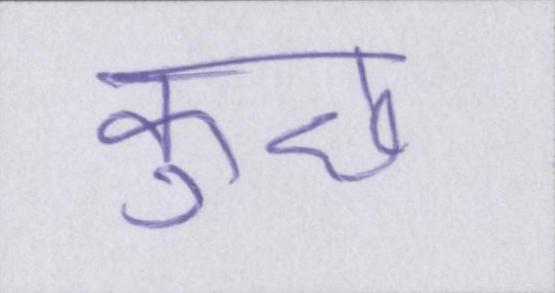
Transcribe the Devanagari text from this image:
कुछ